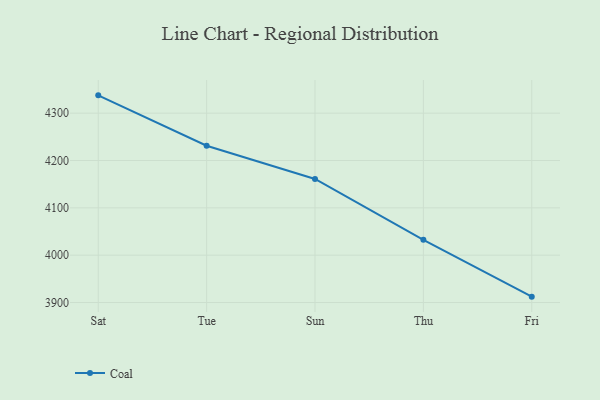
{"axis": {"x": "Day", "y": "Conversion Rate (%)"}, "legend": ["Coal"], "data": [{"x": "Sat", "y": 4337.6, "type": "Coal"}, {"x": "Tue", "y": 4231.1, "type": "Coal"}, {"x": "Sun", "y": 4160.9, "type": "Coal"}, {"x": "Thu", "y": 4032.4, "type": "Coal"}, {"x": "Fri", "y": 3912.4, "type": "Coal"}]}